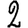
Digit: 2